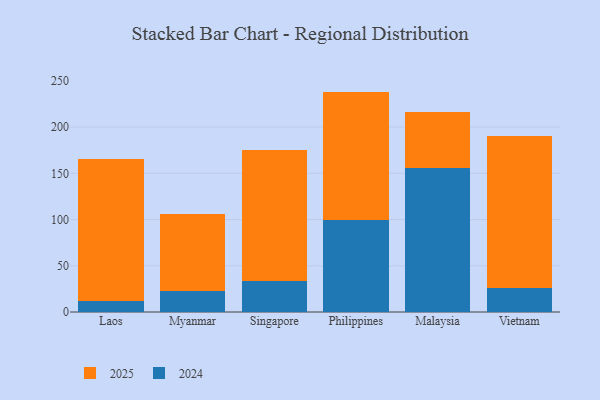
{"axis": {"x": "Country", "y": "LTV (USD)"}, "legend": ["2024", "2025"], "data": [{"x": "Laos", "y": 154.0, "type": "2025"}, {"x": "Laos", "y": 11.8, "type": "2024"}, {"x": "Myanmar", "y": 83.2, "type": "2025"}, {"x": "Myanmar", "y": 22.6, "type": "2024"}, {"x": "Singapore", "y": 142.2, "type": "2025"}, {"x": "Singapore", "y": 33.5, "type": "2024"}, {"x": "Philippines", "y": 139.4, "type": "2025"}, {"x": "Philippines", "y": 99.0, "type": "2024"}, {"x": "Malaysia", "y": 59.9, "type": "2025"}, {"x": "Malaysia", "y": 156.3, "type": "2024"}, {"x": "Vietnam", "y": 164.0, "type": "2025"}, {"x": "Vietnam", "y": 26.3, "type": "2024"}]}